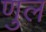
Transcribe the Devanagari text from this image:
णुल